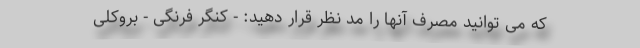
که می توانید مصرف آنها را مد نظر قرار دهید: - کنگر فرنگی - بروکلی